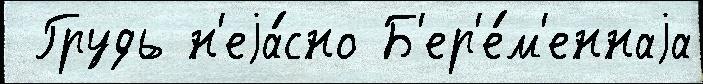
 Грудь н'еjа́сно Б'ер'е́м'еннаjа